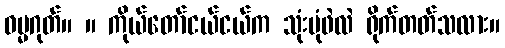
ဓမ္မဂုတ်။ ။ ကိုယ်တော်ငယ်ငယ်က သုံးပုံဖဲလဲ ရိုက်တတ်သလား။